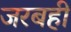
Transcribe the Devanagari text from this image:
जरबही